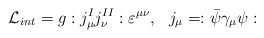
\begin{align*}\mathcal{L}_{int}=g:j_{\mu }^{I}j_{\nu }^{II}:\varepsilon ^{\mu \nu},\,\,\,\,j_{\mu }=:\bar{\psi}\gamma _{\mu }\psi :\end{align*}